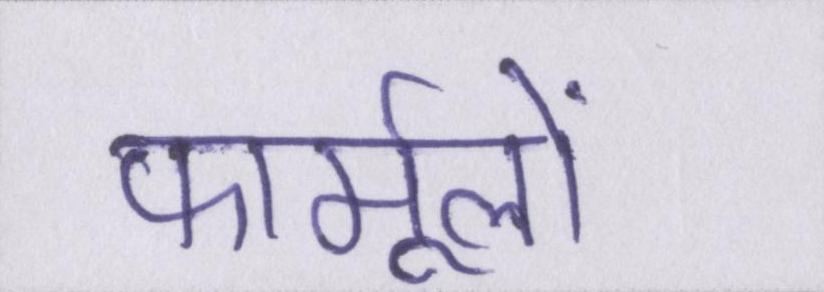
फार्मूलों